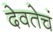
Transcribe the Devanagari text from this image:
देवतेचं